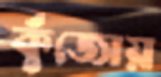
কুঁজোয়